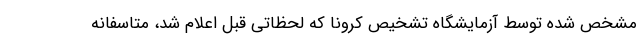
مشخص شده توسط آزمایشگاه تشخیص کرونا که لحظاتی قبل اعلام شد، متاسفانه